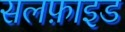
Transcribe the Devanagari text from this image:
सलफ़ाइड